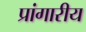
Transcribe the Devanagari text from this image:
प्रांगारीय